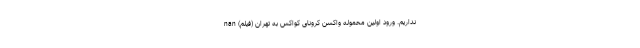
نداریم. ورود اولین محموله واکسن کرونای کواکس به تهران (فیلم) nan